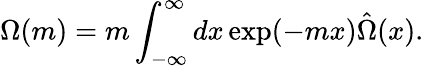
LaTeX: \Omega(m)=m\int_{-\infty}^{\infty}dx\exp(-mx)\hat{\Omega}(x).